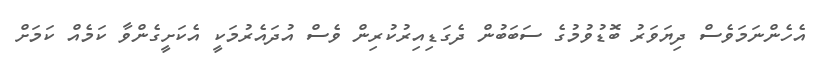
އެހެންނަމަވެސް ދިޔަވަރު ބޮޑުވުމުގެ ސަބަބުން ދެގަޑިއިރުކުރިން ވެސް އުދައެރުމަކީ އެކަށީގެންވާ ކަމެއް ކަމަށް